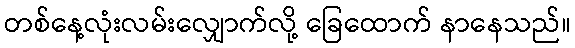
တစ်နေ့လုံးလမ်းလျှောက်လို့ ခြေထောက် နာနေသည်။